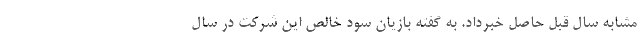
مشابه سال قبل حاصل خبرداد. به گفته بازیان سود خالص این شرکت در سال